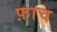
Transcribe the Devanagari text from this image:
फ़ाच